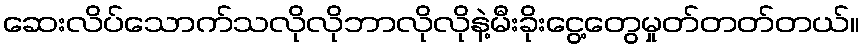
ဆေးလိပ်သောက်သလိုလိုဘာလိုလိုနဲ့မီးခိုးငွေ့တွေမှုတ်တတ်တယ်။